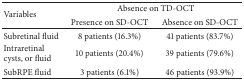
<table><thead><tr><td rowspan="2"><b>Variables</b></td><td colspan="2"><b>Absence on TD-OCT</b></td></tr><tr><td><b>Presence on SD-OCT</b></td><td><b>Absence on SD-OCT</b></td></tr></thead><tbody><tr><td>Subretinal fluid</td><td>8 patients (16.3%)</td><td>41 patients (83.7%)</td></tr><tr><td>Intraretinal cysts, or fluid</td><td>10 patients (20.4%)</td><td>39 patients (79.6%)</td></tr><tr><td>SubRPE fluid</td><td>3 patients (6.1%)</td><td>46 patients (93.9%)</td></tr></tbody></table>